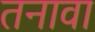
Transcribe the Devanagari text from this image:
तनावा